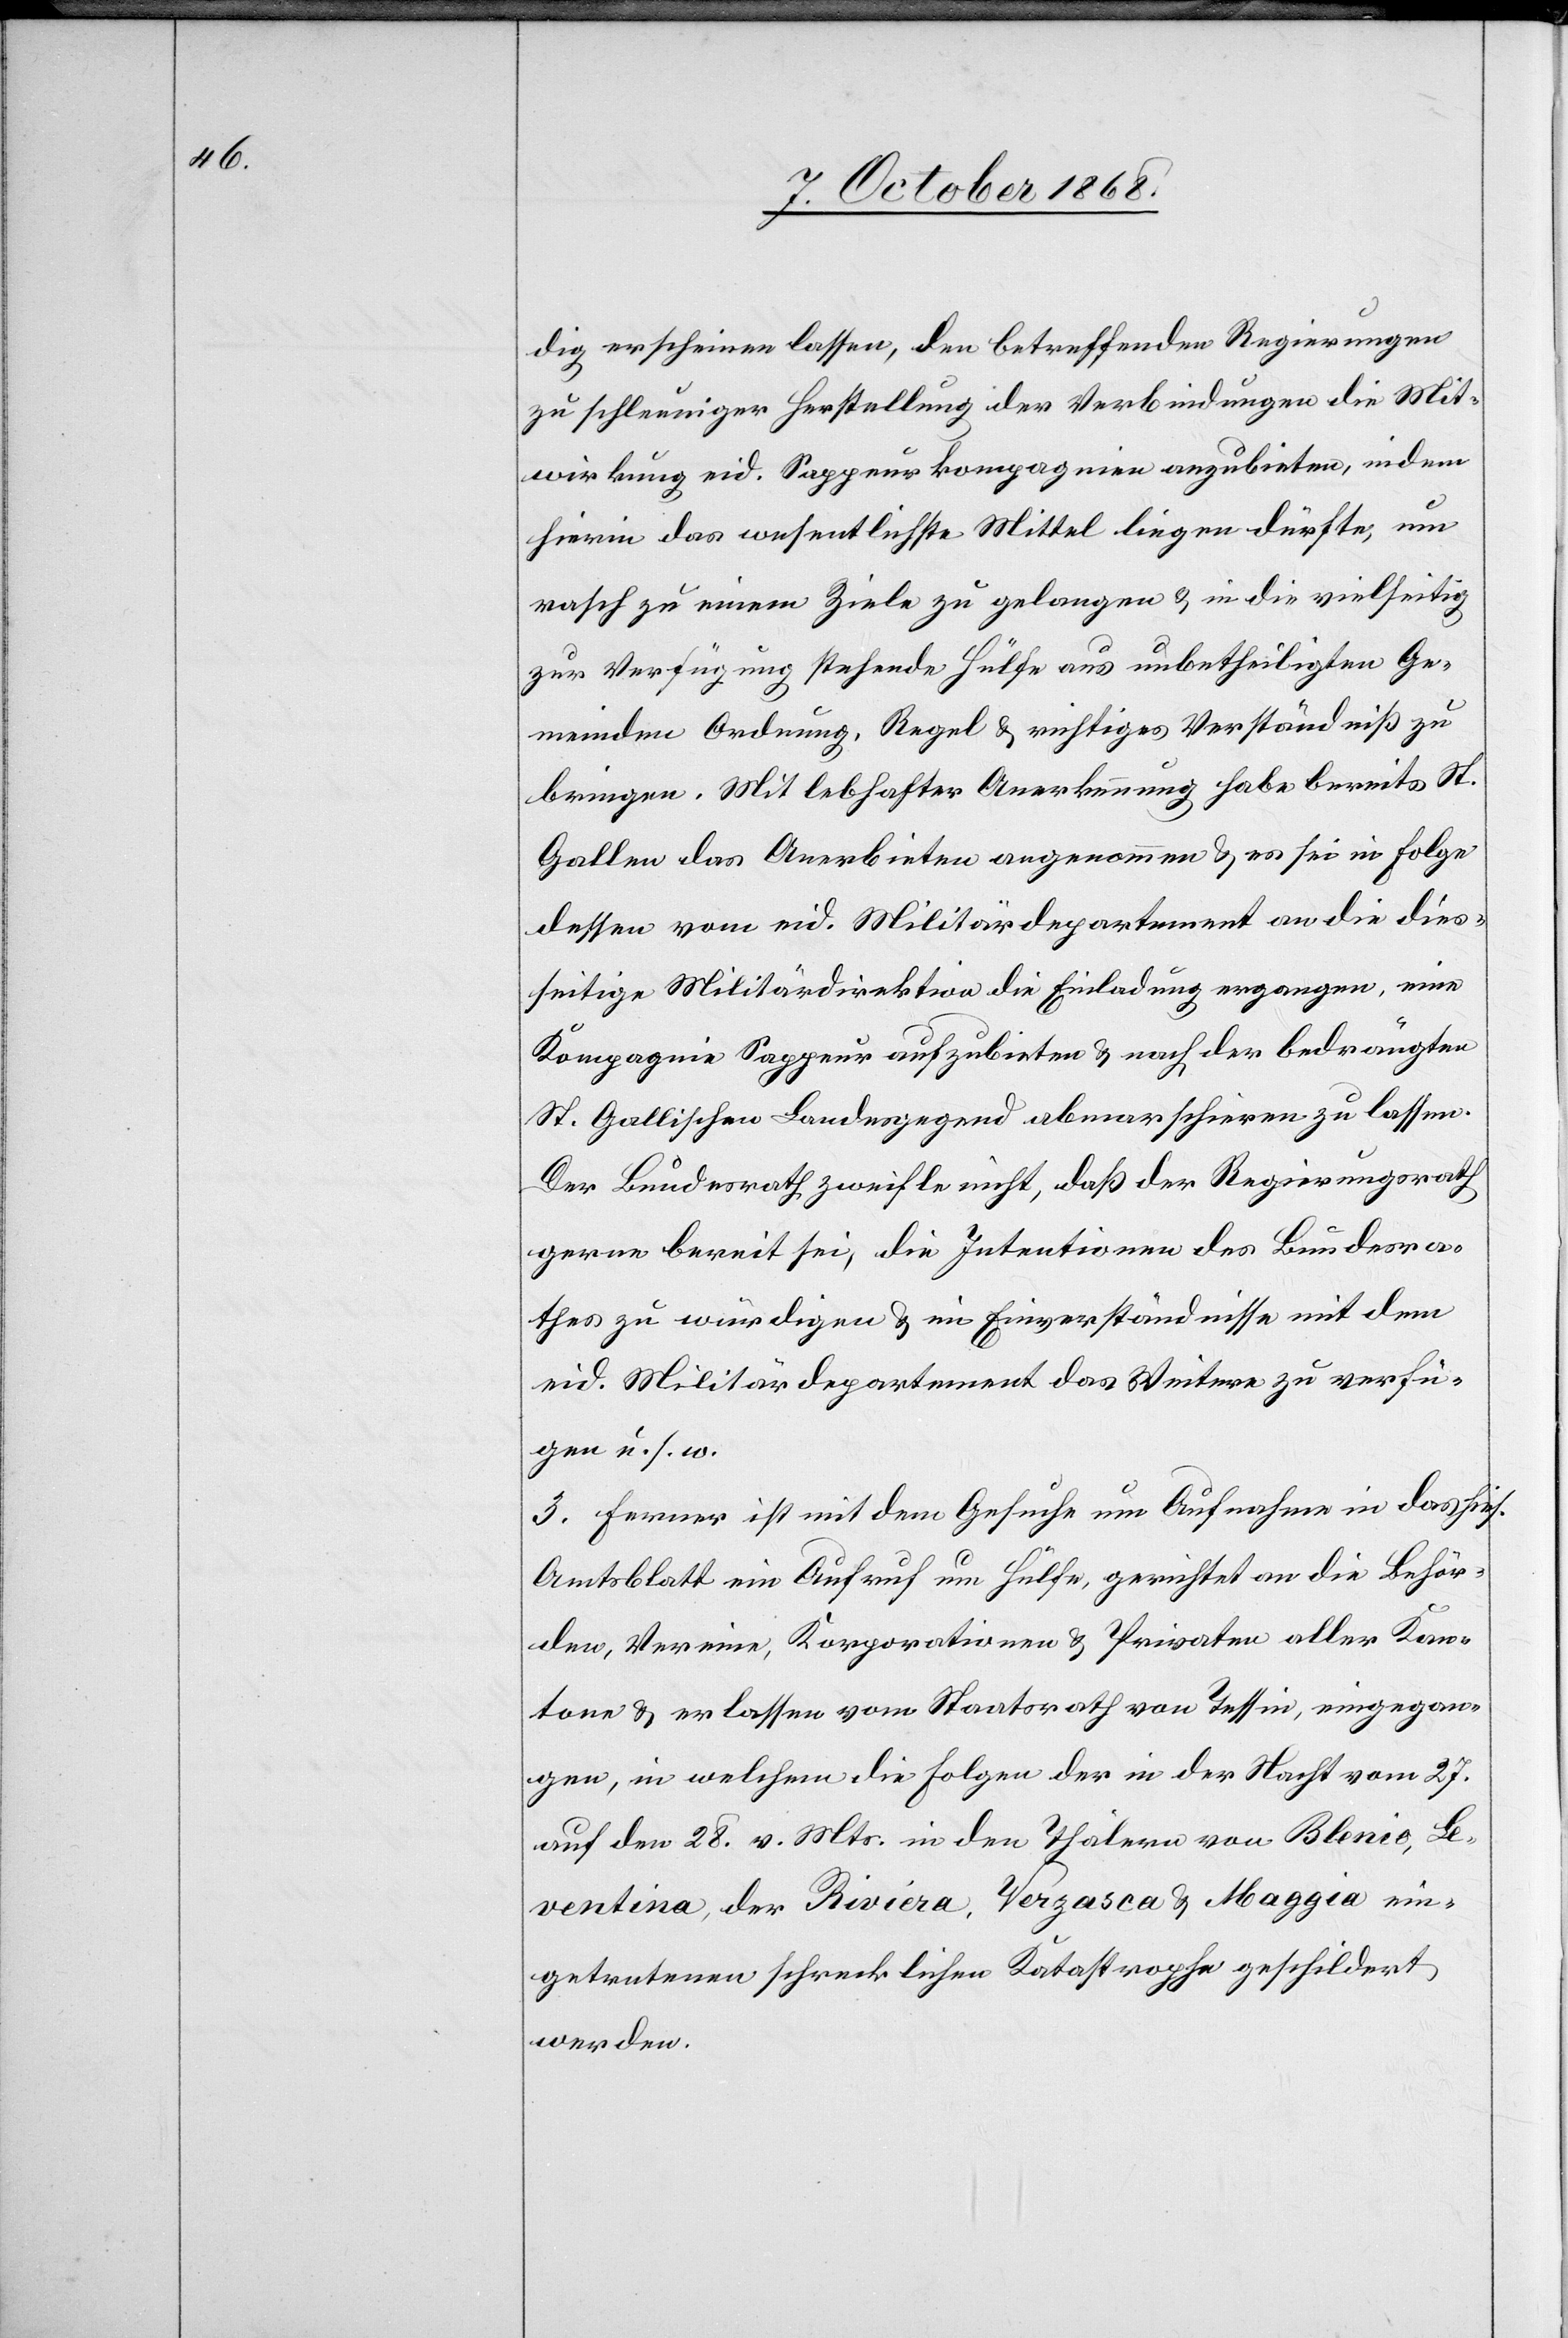
dig erscheinen lassen, den betreffenden Regierungen
zu schleuniger Herstellung der Verbindungen die Mit¬
wirkung eid. Sappeurkompagnien anzubieten, indem
hierin das wesentlichste Mittel liegen dürfte, um
rasch zu einem Ziele zu gelangen & in die vielseitig
zur Verfügung stehende Hülfe aus unbetheiligten Ge¬
meinden Ordnung, Regel & richtiges Verständniß zu
bringen. Mit lebhafter Anerkennung habe bereits St.
Gallen das Anerbieten angenommen & es sei in Folge
dessen vom eid. Militärdepartement an die dies¬
seitige Militärdirektion die Einladung ergangen, eine
Kompagnie Sappeur aufzubieten & nach der bedrängten
St. Gallischen Landesgegend abmarschieren zu lassen.
Der Bundesrath zweifle nicht, daß der Regierungsrath
gerne bereit sei, die Intentionen des Bundesra¬
thes zu würdigen & im Einverständnisse mit dem
eid. Militärdepartement das Weitere zu verfü¬
gen u. s. w.
3. Ferner ist mit dem Gesuche um Aufnahme in das hies.
Amtsblatt ein Aufruf um Hülfe, gerichtet an die Behör¬
den, Vereine, Korporationen & Privaten aller Kan¬
tone & erlassen vom Staatsrath von Tessin, eingegan¬
gen, in welchem die Folgen der in der Nacht vom 27.
auf den 28. v. Mts. in den Thälern von Blenio, Le¬
ventina, der Riviera, Verzasca & Maggia ein¬
getretenen schrecklichen Katastrophe geschildert
werden.